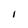
Character: i